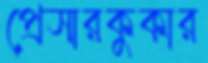
প্রেসারকুকার